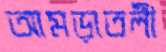
আমড়াতলী